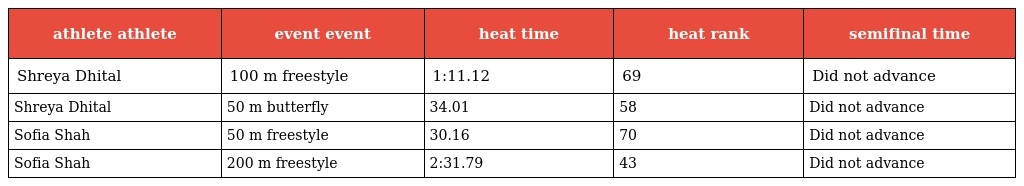
| athlete athlete | event event | heat time | heat rank | semifinal time |
 | --- | --- | --- | --- | --- |
 | Shreya Dhital | 100 m freestyle | 1:11.12 | 69 | Did not advance |
 | Shreya Dhital | 50 m butterfly | 34.01 | 58 | Did not advance |
 | Sofia Shah | 50 m freestyle | 30.16 | 70 | Did not advance |
 | Sofia Shah | 200 m freestyle | 2:31.79 | 43 | Did not advance |